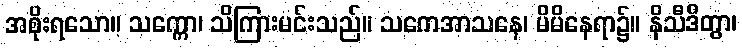
အစိုးရသော။ သက္ကော၊ သိကြားမင်းသည်။ သကေအာသနေ၊ မိမိနေရာ၌။ နိသီဒိတွာ၊